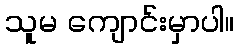
သူမ ကျောင်းမှာပါ။